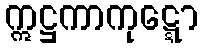
ဣဋ္ဌကာကုဋ္ဋော